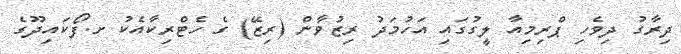
ދިރާގު ދިވެހި ޕްރިމިއާ ލީގުގައި އަހުމަދު ރިޒުވާން (ރިޒޭ) ގެ ހެޓްރިކާއެކު ށ.ފޯކައިދޫގެ